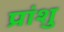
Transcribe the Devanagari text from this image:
प्रांशु